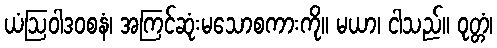
ယံဩဝါဒဝစနံ၊ အကြင်ဆုံးမသောစကားကို။ မယာ၊ ငါသည်။ ဝုတ္တံ၊